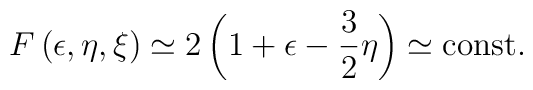
F\left(\epsilon,\eta,\xi\right) \simeq 2 \left(1 + \epsilon - {3 \over 2} \eta \right) \simeq {\rm const.}